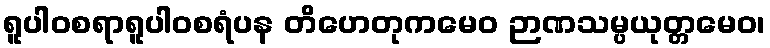
ရူပါဝစရာရူပါဝစရံပန တိဟေတုကမေဝ ဉာဏသမ္ပယုတ္တမေဝ၊